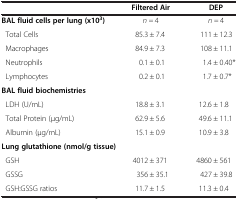
|  | Filtered Air | DEP |
 | --- | --- | --- |
 | BAL fluid cells per lung (x103) | n = 4 | n = 4 |
 | Total Cells | 85.3 ± 7.4 | 111 ± 12.3 |
 | Macrophages | 84.9 ± 7.3 | 108 ± 11.1 |
 | Neutrophils | 0.1 ± 0.1 | 1.4 ± 0.40* |
 | Lymphocytes | 0.2 ± 0.1 | 1.7 ± 0.7* |
 | <COLSPAN=3> BAL fluid biochemistries |
 | LDH (U/mL) | 18.8 ± 3.1 | 12.6 ± 1.8 |
 | Total Protein (μg/mL) | 62.9 ± 5.6 | 49.6 ± 11.1 |
 | Albumin (μg/mL) | 15.1 ± 0.9 | 10.9 ± 3.8 |
 | <COLSPAN=3> Lung glutathione (nmol/g tissue) |
 | GSH | 4012 ± 371 | 4860 ± 561 |
 | GSSG | 356 ± 35.1 | 427 ± 39.8 |
 | GSH:GSSG ratios | 11.7 ± 1.5 | 11.3 ± 0.4 |